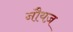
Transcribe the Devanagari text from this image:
नौयज़